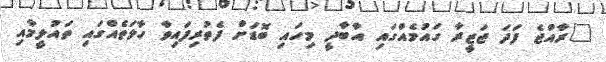
"ރާއްޖެ ފަދަ ޖަޒީރާ ގައުމެއްގައި އާބާދީ މިހައި ބޮޑަށް ފެތުރިފައިވާ ހާލަތެއްގައި ތައުލީމާއި